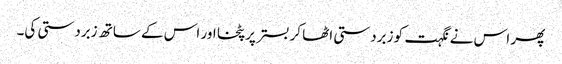
پھر اس نے نگہت کو زبردستی اٹھا کر بستر پر پٹخا اور اس کے ساتھ زبردستی کی۔